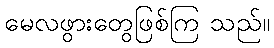
မေလဖွားတွေဖြစ်ကြ သည်။